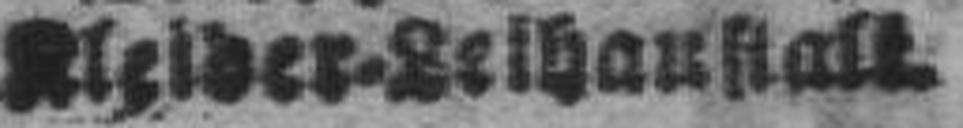
Kleider=Leihaustalt.